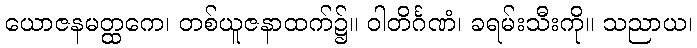
ယောဇနမတ္ထကေ၊ တစ်ယူဇနာထက်၌။ ဝါတိင်္ဂဏံ၊ ခရမ်းသီးကို။ သညာယ၊